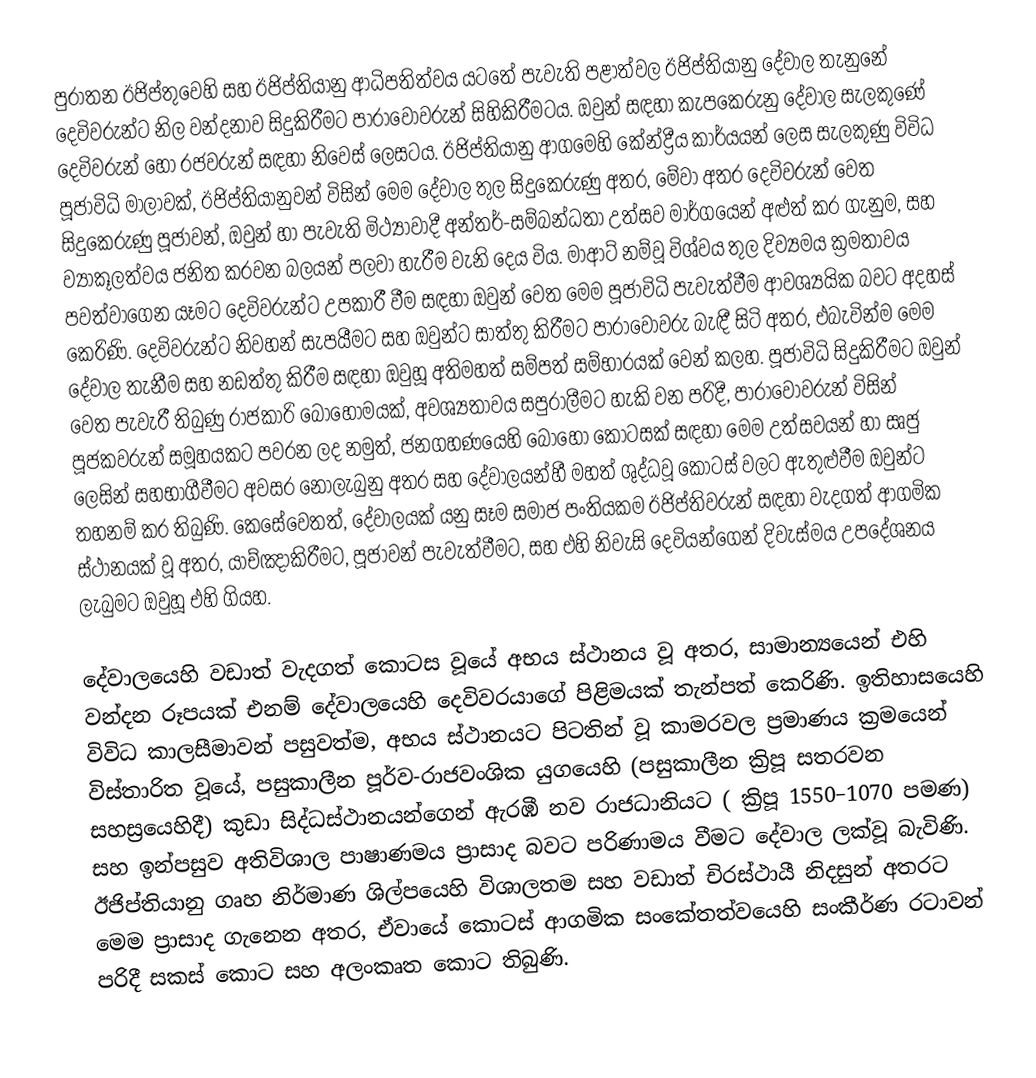
පුරාතන ඊජිප්තුවෙහි සහ ඊජිප්තියානු ආධිපතිත්වය යටතේ පැවැති පළාත්වල ඊජිප්තියානු දේවාල තැනුනේ දෙවිවරුන්ට නිල වන්දනාව සිදුකිරීමට  පාරාවෝවරුන් සිහිකිරීමටය.   ඔවුන් සඳහා කැපකෙරුනු දේවාල සැලකුණේ දෙවිවරුන් හෝ රජවරුන් සඳහා නිවෙස් ලෙසටය. ඊජිප්තියානු ආගමෙහි කේන්ද්‍රීය කාර්යයන් ලෙස සැලකුණු විවිධ පූජාවිධි මාලාවක්, ඊජිප්තියානුවන් විසින් මෙම දේවාල තුල සිදුකෙරුණු අතර, මේවා අතර දෙවිවරුන් වෙත සිදුකෙරුණු  පූජාවන්, ඔවුන් හා පැවැති මිථ්‍යාවාදී අන්තර්-සම්බන්ධතා උත්සව මාර්ගයෙන් අළුත් කර ගැනුම, සහ ව්‍යාකූලත්වය ජනිත කරවන බලයන් පලවා හැරීම වැනි දෙය විය. මාආට් නම්වූ විශ්වය තුල දිව්‍යමය ක්‍රමතාවය පවත්වාගෙන යෑමට දෙවිවරුන්ට උපකාරී වීම සඳහා ඔවුන් වෙත මෙම පූජාවිධි පැවැත්වීම ආවශ්‍යයික බවට අදහස් කෙරිණි. දෙවිවරුන්ට නිවහන් සැපයීමට සහ ඔවුන්ට සාත්තු කිරීමට පාරාවෝවරු බැඳී සිටි අතර, එබැවින්ම මෙම දේවාල තැනීම සහ නඩත්තු කිරීම සඳහා ඔවුහූ අතිමහත් සම්පත් සම්භාරයක් වෙන් කලහ. පූජාවිධි සිදුකිරීමට ඔවුන් වෙත පැවැරී තිබුණු රාජකාරි බොහෝමයක්, අවශ්‍යතාවය සපුරාලීමට හැකි වන පරිදී, පාරාවෝවරුන් විසින් පූජකවරුන් සමූහයකට පවරන ලද නමුත්, ජනගහණයෙහි බොහෝ කොටසක් සඳහා මෙම උත්සවයන් හා සෘජු ලෙසින් සහභාගීවීමට අවසර නොලැබුනු අතර  සහ දේවාලයන්හී මහත් ශුද්ධවූ කොටස් වලට ඇතුළුවීම ඔවුන්ට තහනම් කර තිබුණි. කෙසේවෙතත්, දේවාලයක් යනු  සෑම සමාජ පංතියකම ඊජිප්තිවරුන් සඳහා වැදගත් ආගමික ස්ථානයක් වූ අතර, යාච්ඤාකිරීමට, පූජාවන් පැවැත්වීමට, සහ  එහි නිවැසි දෙවියන්ගෙන් දිවැස්මය උපදේශනය ලැබුමට ඔවුහූ එහි ගියහ.

දේවාලයෙහි වඩාත් වැදගත් කොටස වූයේ අභය ස්ථානය වූ අතර, සාමාන්‍යයෙන් එහි වන්දන රූපයක් එනම් දේවාලයෙහි දෙවිවරයාගේ පිළිමයක් තැන්පත් කෙරිණි. ඉතිහාසයෙහි විවිධ  කාලසීමාවන් පසුවත්ම, අභය ස්ථානයට පිටතින් වූ කාමරවල ප්‍රමාණය ක්‍රමයෙන් විස්තාරිත වූයේ, පසුකාලීන  පූර්ව-රාජවංශික යුගයෙහි (පසුකාලීන ක්‍රිපූ   සතරවන සහස්‍රයෙහිදී) කුඩා සිද්ධස්ථානයන්ගෙන් ඇරඹී නව රාජධානියට ( ක්‍රිපූ   1550–1070 පමණ) සහ ඉන්පසුව අතිවිශාල පාෂාණමය ප්‍රාසාද බවට පරිණාමය වීමට දේවාල ලක්වූ බැවිණි.  ඊජිප්තියානු ගෘහ නිර්මාණ ශිල්පයෙහි විශාලතම සහ වඩාත් චිරස්ථායී නිදසුන් අතරට මෙම ප්‍රාසාද ගැනෙන අතර, ඒවායේ කොටස්  ආගමික සංකේතත්වයෙහි සංකීර්ණ රටාවන් පරිදී සකස් කොට සහ අලංකෘත කොට තිබුණි.